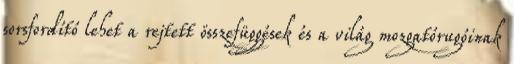
sorsfordító lehet a rejtett összefüggések és a világ mozgatórugóinak